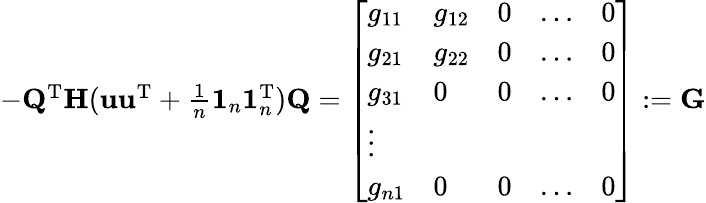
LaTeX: \begin{array}{r}{-\mathbf Q^{\mathrm T}\mathbf H(\mathbf u\mathbf u^{\mathrm T}+\frac 1n\mathbf 1_{n}\mathbf 1_{n}^{\mathrm T})\mathbf Q=\left[\begin{array}{lllll}{g_{11}}&{g_{12}}&{0}&{\dots}&{0}\\ {g_{21}}&{g_{22}}&{0}&{\dots}&{0}\\ {g_{31}}&{0}&{0}&{\dots}&{0}\\ {\vdots}\\ {g_{n1}}&{0}&{0}&{\dots}&{0}\end{array}\right]:=\mathbf G}\end{array}